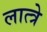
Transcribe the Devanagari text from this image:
लात्त्रे